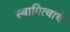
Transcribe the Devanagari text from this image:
स्वामित्वाचे